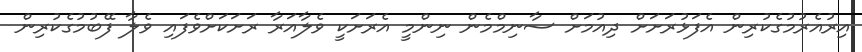
އިރުއެރުމުގެކުރިން އެފަޅުރަށަށް ދިއުމަށް ސާނިމްމެން ނިންމީ އެރަށަކީ ވެލާއަރާ ރަށަކަށްވެފައި ވެލާ ފޭބުމުގެކުރިން